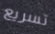
تسريع